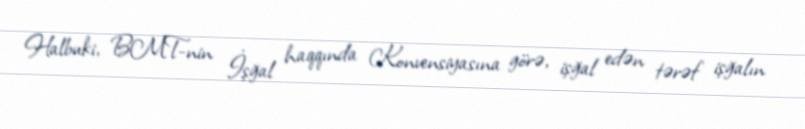
Halbuki, BMT-nin İşğal haqqında Konvensiyasına görə, işğal edən tərəf işğalın